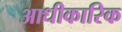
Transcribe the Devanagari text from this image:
आधीकारिक